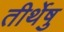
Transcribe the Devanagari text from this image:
तीर्थेषु